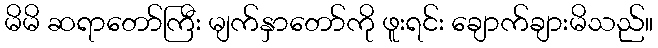
မိမိ ဆရာတော်ကြီး မျက်နှာတော်ကို ဖူးရင်း ချောက်ချားမိသည်။